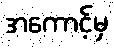
အကောင့်မှ